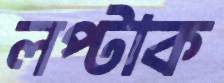
লপ্‌টাক